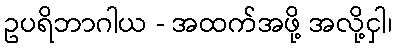
ဥပရိဘာဂါယ - အထက်အဖို့ အလို့ငှါ၊